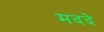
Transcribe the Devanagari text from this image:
मददे